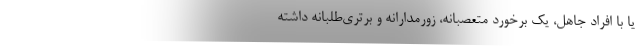
یا با افراد جاهل، یک برخورد متعصبانه، زورمدارانه و برتری‌طلبانه داشته